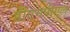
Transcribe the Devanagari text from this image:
डीएमपीएल